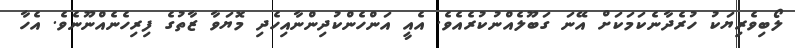
ލޯބިވެރިޔަކު ހުރެދާނެކަމަކަށް އޭނަ ގަބޫލެއްނުކުރެއެވެ. އެއީ އަންހެންކުދިންނާއިހެދި މޮޔަވާ ޒާތުގެ ފިރިހެނެއްނޫނެވެ. އެހާ